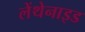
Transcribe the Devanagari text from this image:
लेंथेनाइड